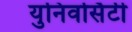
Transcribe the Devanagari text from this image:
युनिवर्सिटी